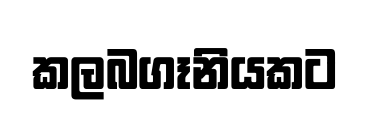
කලබගෑනියකට